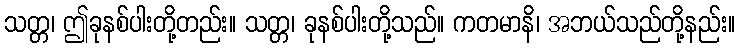
သတ္တ၊ ဤခုနစ်ပါးတို့တည်း။ သတ္တ၊ ခုနစ်ပါးတို့သည်။ ကတမာနိ၊ အဘယ်သည်တို့နည်း။